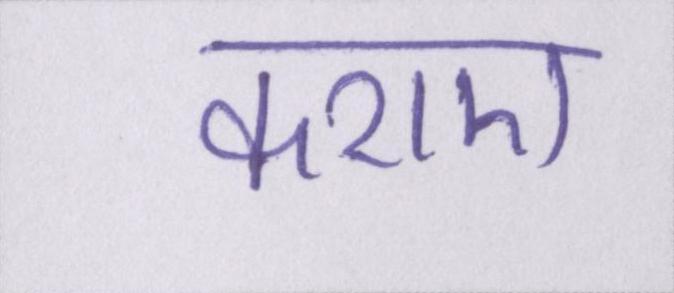
कराए